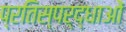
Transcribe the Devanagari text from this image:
प्रतिस्पर्द्धाओं